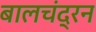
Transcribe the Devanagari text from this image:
बालचंद्रन